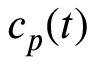
c _ { p } ( t )